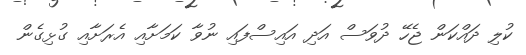
ކުލި ދައްކަން ޖެހޭ ދުވަސް އަދި އައިސްފައި ނުވާ ކަމަށާއި އެރަށާއި ގުޅިގެން